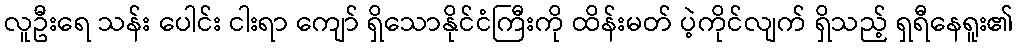
လူဦးရေ သန်း ပေါင်း ငါးရာ ကျော် ရှိသောနိုင်ငံကြီးကို ထိန်းမတ် ပဲ့ကိုင်လျက် ရှိသည့် ရှရီနေရူး၏